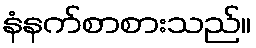
နံနက်စာစားသည်။